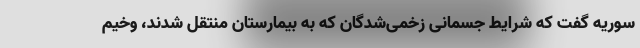
سوریه گفت که شرایط جسمانی زخمی‌شدگان که به بیمارستان منتقل شدند، وخیم